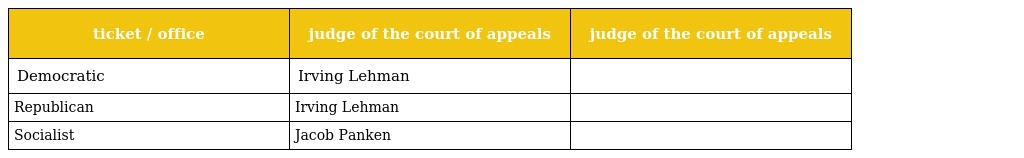
| ticket / office | judge of the court of appeals | judge of the court of appeals |
 | --- | --- | --- |
 | Democratic | Irving Lehman |  |
 | Republican | Irving Lehman |  |
 | Socialist | Jacob Panken |  |